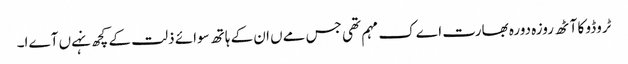
ٹروڈو کا آٹھ روزہ دورہ بھارت اےک مہم تھی جس مےں ان کے ہاتھ سوائے ذلت کے کچھ نہےں آےا۔